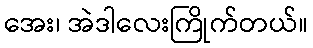
အေး၊ အဲဒါလေးကြိုက်တယ်။